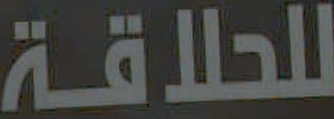
للحلاقة